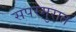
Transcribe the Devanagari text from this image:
सपरमुरात